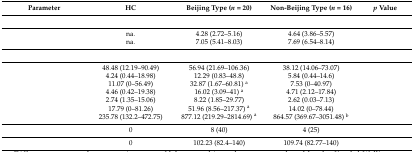
<table><thead><tr><td><b>Parameter</b></td><td><b>HC</b></td><td><b>Beijing Type (<i>n</i> = 20)</b></td><td><b>Non-Beijing Type (<i>n</i> = 16)</b></td><td><b><i>p</i> Value</b></td></tr></thead><tbody><tr><td>[EMPTY_CELL]</td><td>[EMPTY_CELL]</td><td>[EMPTY_CELL]</td><td>[EMPTY_CELL]</td><td>[EMPTY_CELL]</td></tr><tr><td>[EMPTY_CELL]</td><td>na.</td><td>4.28 (2.72–5.16)</td><td>4.64 (3.86–5.57)</td><td>[EMPTY_CELL]</td></tr><tr><td>[EMPTY_CELL]</td><td>na.</td><td>7.05 (5.41–8.03)</td><td>7.69 (6.54–8.14)</td><td>[EMPTY_CELL]</td></tr><tr><td>[EMPTY_CELL]</td><td>[EMPTY_CELL]</td><td>[EMPTY_CELL]</td><td>[EMPTY_CELL]</td><td>[EMPTY_CELL]</td></tr><tr><td>[EMPTY_CELL]</td><td>48.48 (12.19–90.49)</td><td>56.94 (21.69–106.36)</td><td>38.12 (14.06–73.07)</td><td>[EMPTY_CELL]</td></tr><tr><td>[EMPTY_CELL]</td><td>4.24 (0.44–18.98)</td><td>12.29 (0.83–48.8)</td><td>5.84 (0.44–14.6)</td><td>[EMPTY_CELL]</td></tr><tr><td>[EMPTY_CELL]</td><td>11.07 (0–56.49)</td><td>32.87 (1.67–60.81) <sup>a</sup></td><td>7.53 (0–40.97)</td><td>[EMPTY_CELL]</td></tr><tr><td>[EMPTY_CELL]</td><td>4.46 (0.42–19.38)</td><td>16.02 (3.09–41) <sup>a</sup></td><td>4.71 (2.12–17.84)</td><td>[EMPTY_CELL]</td></tr><tr><td>[EMPTY_CELL]</td><td>2.74 (1.35–15.06)</td><td>8.22 (1.85–29.77)</td><td>2.62 (0.03–7.13)</td><td>[EMPTY_CELL]</td></tr><tr><td>[EMPTY_CELL]</td><td>17.79 (0–81.26)</td><td>51.96 (8.56–217.37) <sup>a</sup></td><td>14.02 (0–78.44)</td><td>[EMPTY_CELL]</td></tr><tr><td>[EMPTY_CELL]</td><td>235.78 (132.2–472.75)</td><td>877.12 (219.29–2814.69) <sup>a</sup></td><td>864.57 (369.67–3051.48) <sup>b</sup></td><td>[EMPTY_CELL]</td></tr><tr><td>[EMPTY_CELL]</td><td>0</td><td>8 (40)</td><td>4 (25)</td><td>[EMPTY_CELL]</td></tr><tr><td>[EMPTY_CELL]</td><td>0</td><td>102.23 (82.4–140)</td><td>109.74 (82.77–140)</td><td>[EMPTY_CELL]</td></tr></tbody></table>